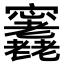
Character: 𡬕